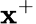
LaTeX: \mathbf{x}^{+}